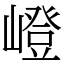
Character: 嶝